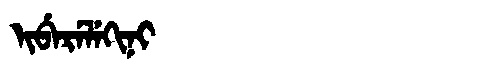
Manchu: ᡳᠪᡝᡵᡝᠯᡝᡴᡳᠨᡳ
Romanization: IBERELEKINI